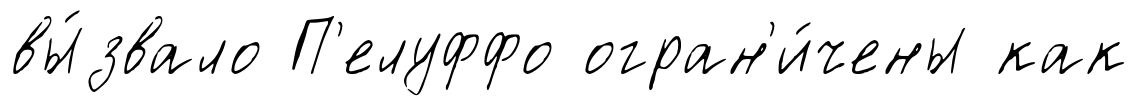
вы́звало П'елуффо огран'и́чены как